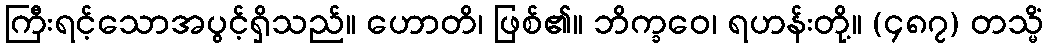
ကြီးရင့်သောအပွင့်ရှိသည်။ ဟောတိ၊ ဖြစ်၏။ ဘိက္ခဝေ၊ ရဟန်းတို့။ (၄၈၇) တသ္မိံ